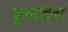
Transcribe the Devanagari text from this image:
फुललेल